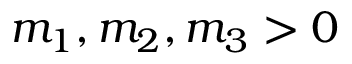
m _ { 1 } , m _ { 2 } , m _ { 3 } > 0